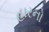
હારનો